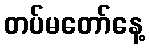
တပ်မတော်နေ့